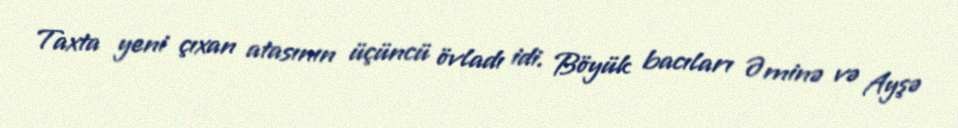
Taxta yeni çıxan atasının üçüncü övladı idi. Böyük bacıları Əminə və Ayşə